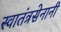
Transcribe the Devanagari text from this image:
स्वातंत्रसेनानी